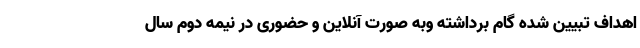
اهداف تبیین شده گام برداشته وبه صورت آنلاین و حضوری در نیمه دوم سال